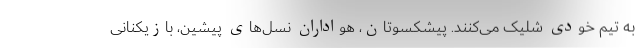
به تیم خودی شلیک می‌کنند. پیشکسوتان، هواداران نسل‌های پیشین، بازیکنانی